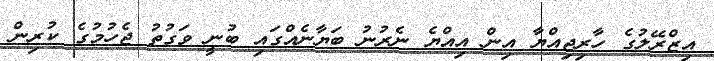
އިޒްރޭލުގެ ހާރިޖިއްޔާ އިން އިއްޔެ ނެރުނު ބަޔާނެއްގައި ބުނީ ވަގުތު ޖެހުމުގެ ކުރިން